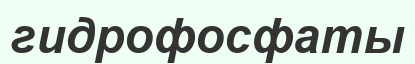
гидрофосфаты